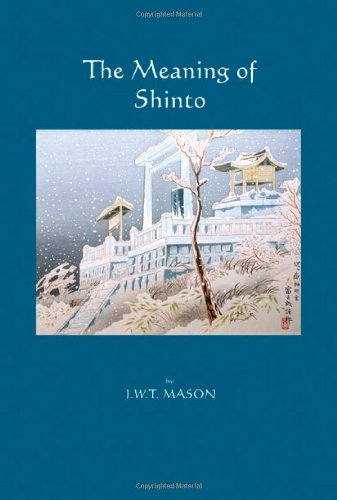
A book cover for The Meaning of Shinto; J.W.T Mason; Religion & Spirituality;